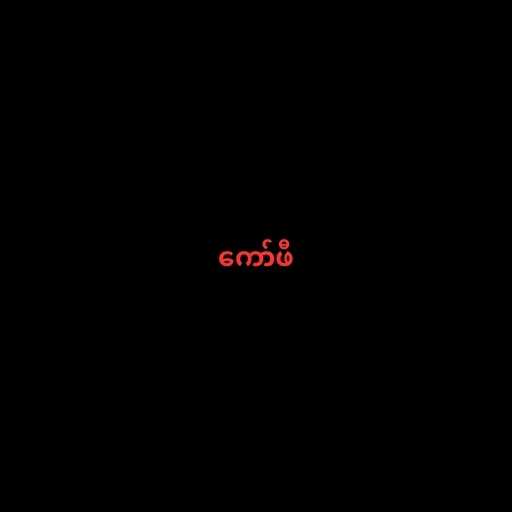
ကော်ဖီ